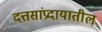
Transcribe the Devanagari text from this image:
दत्तसांप्रदायातील